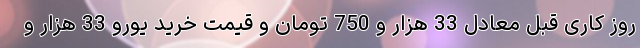
روز کاری قبل معادل 33 هزار و 750 تومان و قیمت خرید یورو 33 هزار و